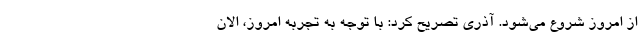
از امروز شروع می‌شود. آذری تصریح کرد: با توجه به تجربه امروز، الان